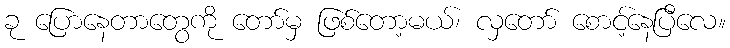
ခု ပြောနေတာတွေကို တော်မှ ဖြစ်တော့မယ်၊ လှတော် စောင့်နေပြီလေ။